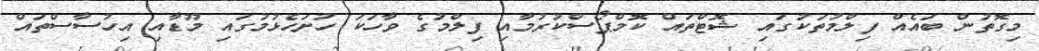
މިގޮތުން ބައެއް ފިލްމުތަކުގައި ޝޮޓްތައް ކޮމްޕޯސްކުރުމާއި ފިލްމުގެ ވާހަކަ ހުށަހެޅުމުގައި މޫޑާއި އިހުސާސްތައް